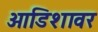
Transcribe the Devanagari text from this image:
ओडिशावर